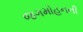
જગમોહનની